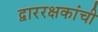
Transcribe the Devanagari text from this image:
द्वाररक्षकांची